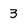
Character: 3